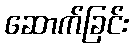
ဆောက်ခြင်း